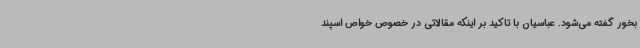
بخور گفته می‌شود. عباسیان با تاکید بر اینکه مقالاتی در خصوص خواص اسپند